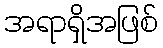
အရာရှိအဖြစ်